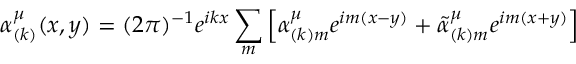
\alpha _ { ( k ) } ^ { \mu } ( x , y ) = ( 2 \pi ) ^ { - 1 } e ^ { i k x } \sum _ { m } \left[ \alpha _ { ( k ) m } ^ { \mu } e ^ { i m ( x - y ) } + \tilde { \alpha } _ { ( k ) m } ^ { \mu } e ^ { i m ( x + y ) } \right]